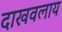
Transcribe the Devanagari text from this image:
दाखवलाय